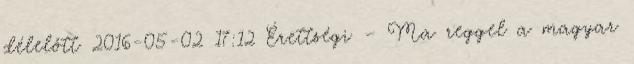
délelőtt 2016-05-02 17:12 Érettségi – Ma reggel a magyar